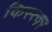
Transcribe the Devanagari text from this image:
किस्त्वर